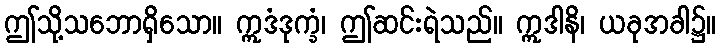
ဤသို့သဘောရှိသော။ ဣဒံဒုက္ခံ၊ ဤဆင်းရဲသည်။ ဣဒါနိ၊ ယခုအခါ၌။